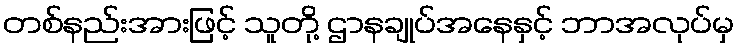
တစ်နည်းအားဖြင့် သူတို့ ဌာနချုပ်အနေနှင့် ဘာအလုပ်မှ